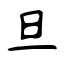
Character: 旦